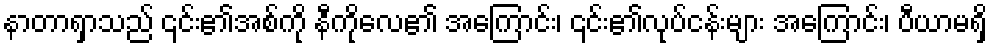
နာတာရှာသည် ၎င်း၏အစ်ကို နီကိုလေ၏ အကြောင်း၊ ၎င်း၏လုပ်ငန်းများ အကြောင်း၊ ပီယာမရှိ